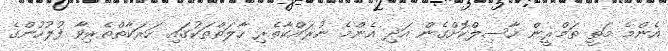
އެންމެ މަތީ ތަމްރީން ހާސިލްކޮށްގެން އަދި އެންމެ ނުރައްކާތެރި ހާލަތްތަކުގައި ހަރަކާތްތެެރިވާ ފުލުހުންގެ